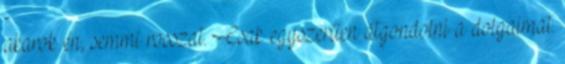
akarok én, semmi rosszat. Csak egyszerűen átgondolni a dolgaimat.